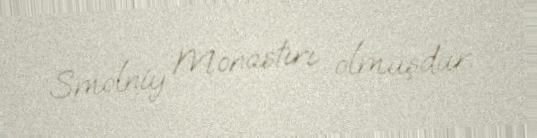
Smolniy Monastırı olmuşdur.